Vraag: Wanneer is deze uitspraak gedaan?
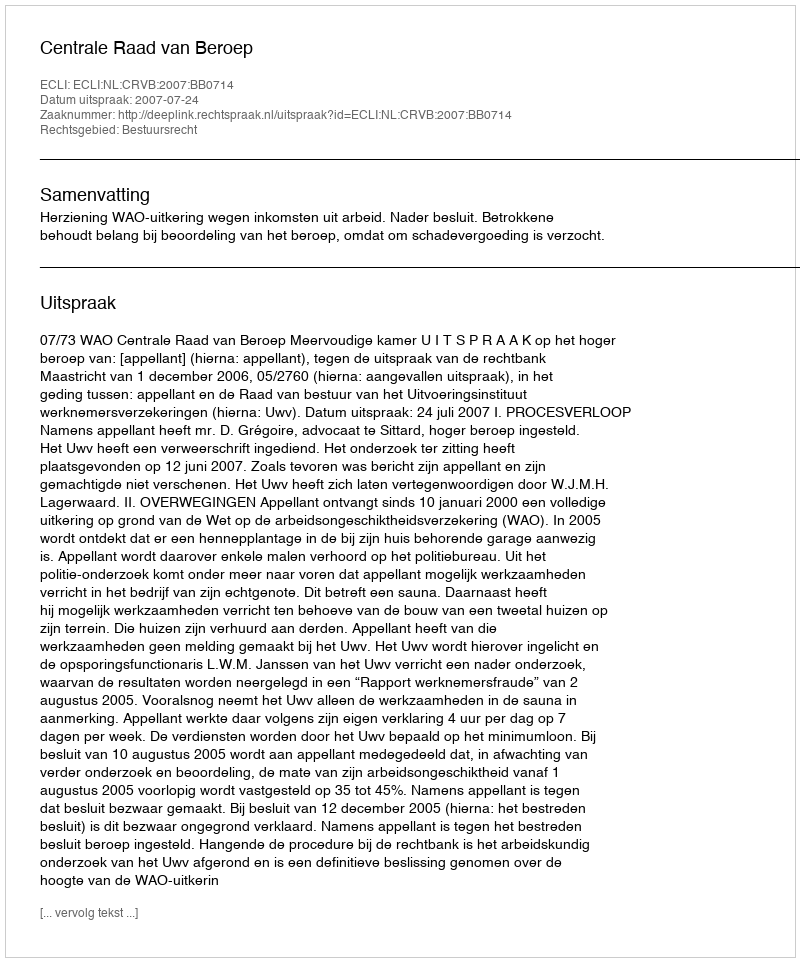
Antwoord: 2007-07-24